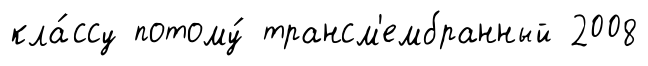
кла́ссу потому́ трансм'ембранный 2008